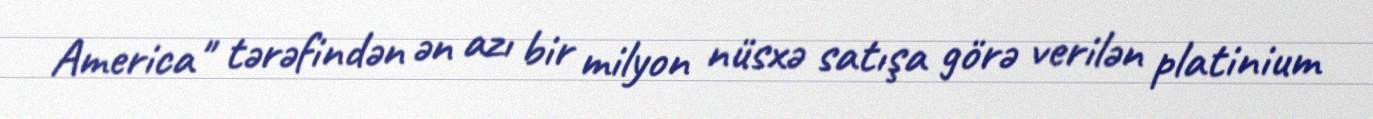
America" tərəfindən ən azı bir milyon nüsxə satışa görə verilən platinium